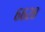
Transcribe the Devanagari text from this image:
६६२८